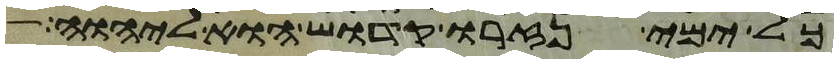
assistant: כל ימי נזרו קדוש הוא ליהוה